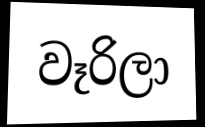
වෑරිලා